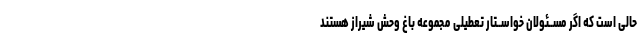
حالی است که اگر مســئولان خواســتار تعطیلى مجموعه باغ وحش شیراز هستند